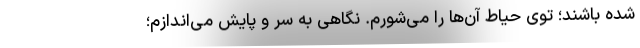
شده باشند؛ توی حیاط آن‌ها را می‌شورم. نگاهی به سر و پایش می‌اندازم؛